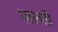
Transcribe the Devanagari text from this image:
पाल्शी